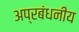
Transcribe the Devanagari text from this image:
अप्रबंधनीय